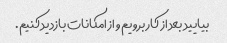
بیایید بعد از کار برویم و از امکانات بازدید کنیم.